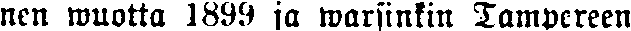
nen muutta 1889 ja warsinkin Tampereen